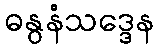
ဓနွနံသဒ္ဒေန